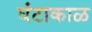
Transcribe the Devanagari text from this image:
घंटाकाळ